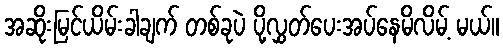
အဆိုးမြင်ယိမ်းခါချက် တစ်ခုပဲ ပို့လွှတ်ပေးအပ်နေမိလိမ့် မယ်။